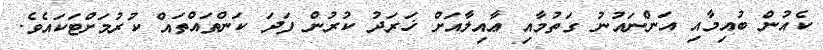
ކެއުން ބުއިމާއި އަންނައުނު ގަތުމާއި ޢާއިލާއަށް ޚަރަދު ކުރުން ފަދަ ކަންތައްތައް ކުރުމަށްޓަކައެވެ.